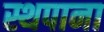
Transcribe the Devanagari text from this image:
स्थपाना